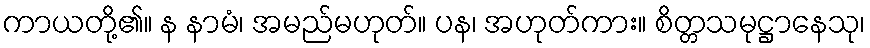
ကာယတို့၏။ န နာမံ၊ အမည်မဟုတ်။ ပန၊ အဟုတ်ကား။ စိတ္တသမုဋ္ဌာနေသု၊